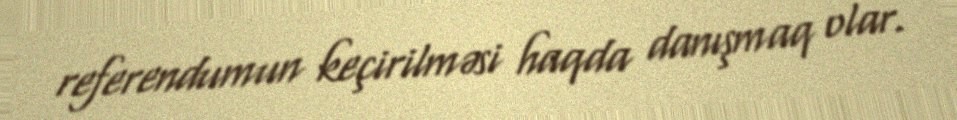
referendumun keçirilməsi haqda danışmaq olar.